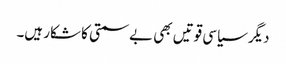
دیگر سیاسی قوتیں بھی بےسمتی کا شکار ہیں۔